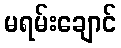
မရမ်းချောင်